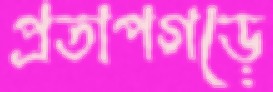
প্রতাপগড়ে